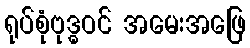
ရုပ်စုံဗုဒ္ဓဝင် အမေးအဖြေ